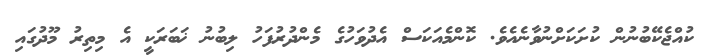
ކުއްޖެކޭބުނުން ކުށަކަށްނުވާނެއެވެ. ކޮންމެއަކަސް އެދުވަހުގެ މެންދުރުފަހު ލިބުނު ޚަބަރަކީ އެ މިތިރު މޫދުގައި